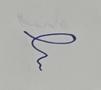
Signature authenticity: forged